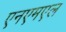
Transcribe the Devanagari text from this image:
एनएमएल